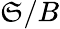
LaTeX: \mathfrak{S}/B